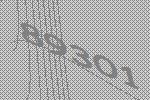
89301